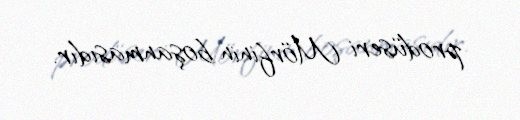
prodüseri Mörfinin boşanmasıdır.